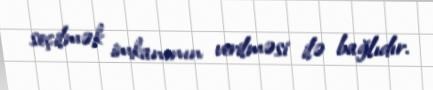
seçilmək imkanının verilməsi ilə bağlıdır.